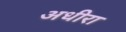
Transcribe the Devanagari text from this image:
अधीरा